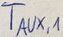
Text: TAUX,1